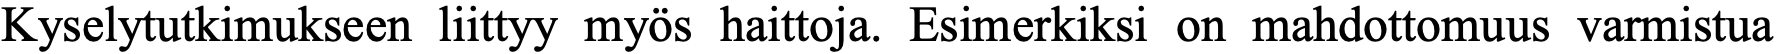
Kyselytutkimukseen liittyy myös haittoja. Esimerkiksi on mahdottomuus varmistua